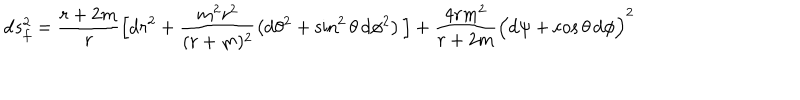
\mathrm { d } s _ { f } ^ { 2 } = \frac { r + 2 m } { r } \Big [ \mathrm { d } r ^ { 2 } + \frac { m ^ { 2 } r ^ { 2 } } { ( r + m ) ^ { 2 } } \left( \mathrm { d } \theta ^ { 2 } + \sin ^ { 2 } \theta \, \mathrm { d } \phi ^ { 2 } \right) \Big ] + \frac { 4 r m ^ { 2 } } { r + 2 m } \Big ( \mathrm { d } \psi + \cos \theta \, \mathrm { d } \phi \Big ) ^ { 2 }